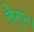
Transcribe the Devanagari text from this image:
लैगून।